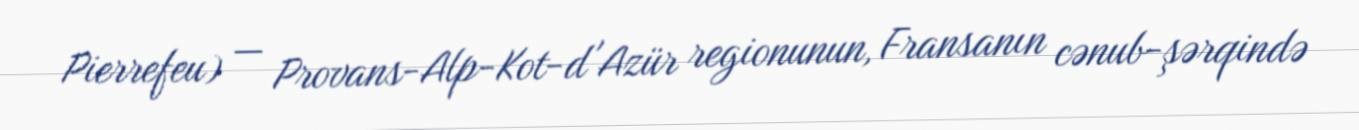
Pierrefeu) — Provans-Alp-Kot-d'Azür regionunun, Fransanın cənub-şərqində